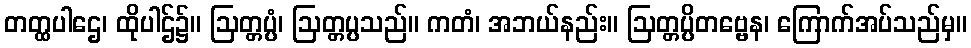
တတ္ထပါဌေ၊ ထိုပါဌ်၌။ ဩတ္တပ္ပံ၊ ဩတ္တပ္ပသည်။ ကတံ၊ အဘယ်နည်း။ ဩတ္တပ္ပိတဗ္ဗေန၊ ကြောက်အပ်သည်မှ။